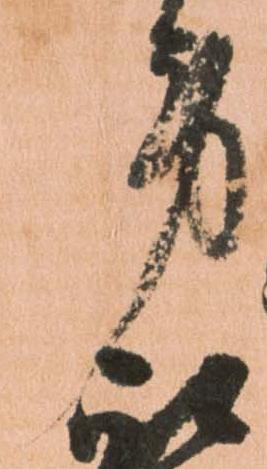
労